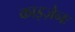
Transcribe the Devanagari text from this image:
काइज़ेनः